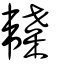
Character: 韘